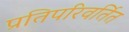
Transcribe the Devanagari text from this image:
प्रतिपरिवर्तित